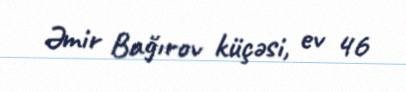
Əmir Bağırov küçəsi, ev 46